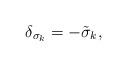
LaTeX: \begin{align*}\delta_{\sigma_k}=-\tilde\sigma_k, \end{align*}